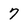
Character: 7